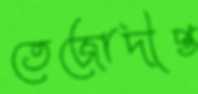
তেজোদীপ্ত